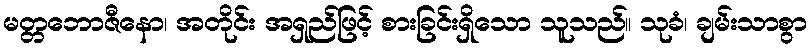
မတ္တဘောဇီနော၊ အတိုင်း အရှည်ဖြင့် စားခြင်းရှိသော သူသည်။ သုခံ၊ ချမ်းသာစွာ